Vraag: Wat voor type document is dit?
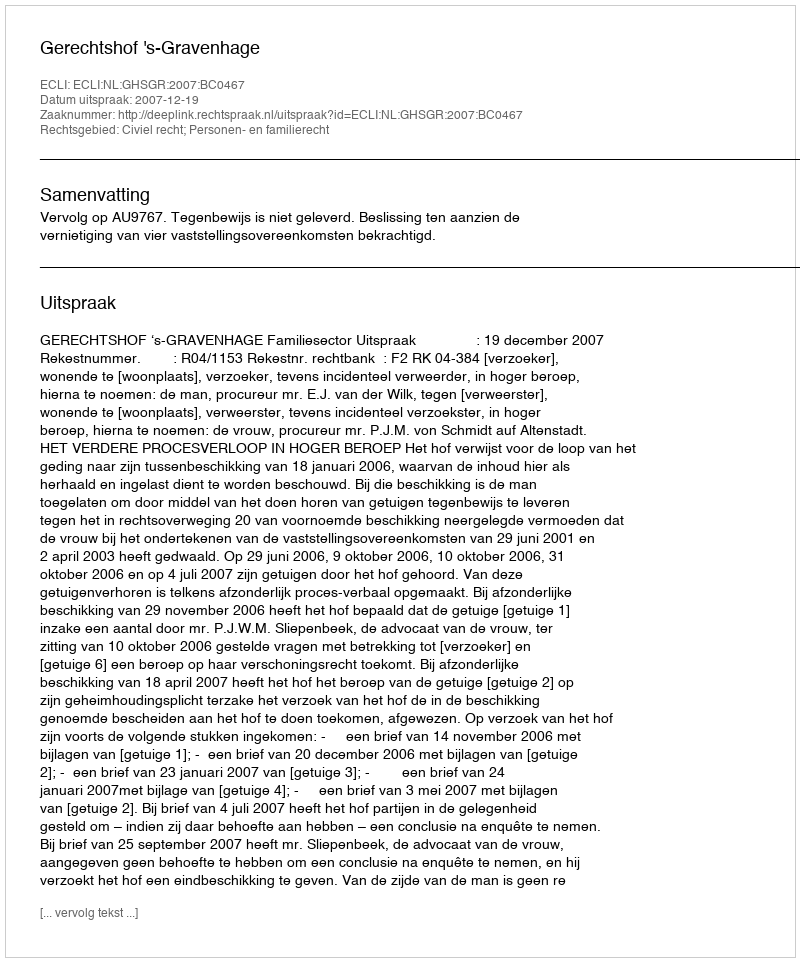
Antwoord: Uitspraak